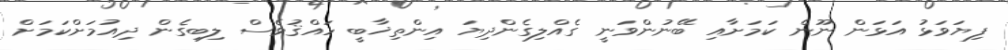
ފިޔަވަޅު އަޅަން ނޫން ކަމަށާއި ބޭނުންވަނީ ގެއްލިގެންދިޔަ އިންތިޚާބީ ހައްޤުވެސް ލިބިގެން ދިއުމަށްކަމަށް